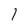
Character: l